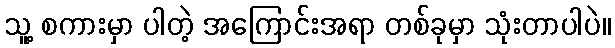
သူ့ စကားမှာ ပါတဲ့ အကြောင်းအရာ တစ်ခုမှာ သုံးတာပါပဲ။